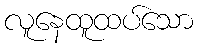
လူနေထူထပ်သော